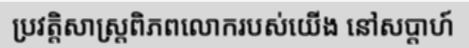
ប្រវត្តិសាស្ត្រពិភពលោករបស់យើង នៅសប្តាហ៍